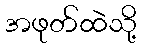
အဖုတ်ထဲသို့